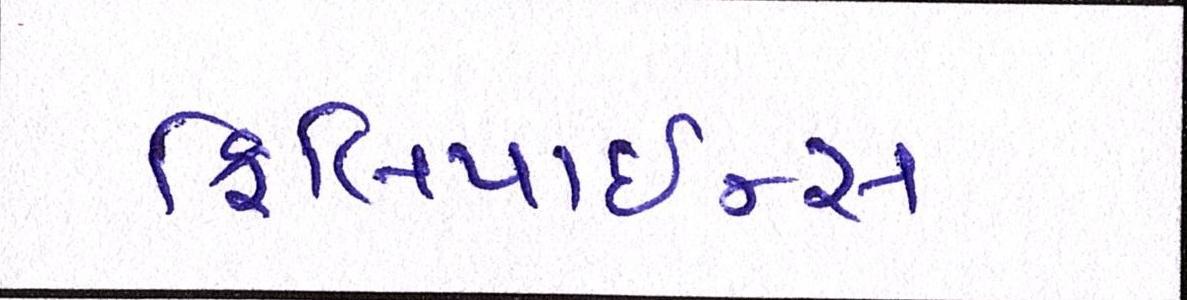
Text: ફિલિપાઇન્સ